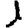
Digit: 1